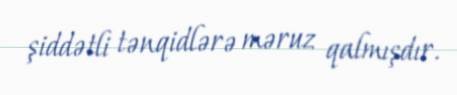
şiddətli tənqidlərə məruz qalmışdır.